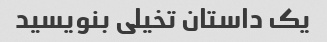
یک داستان تخیلی بنویسید